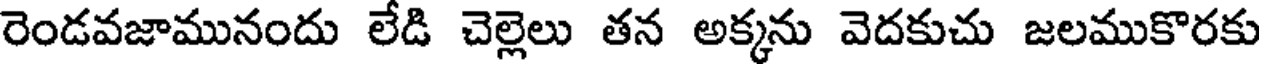
రెండవజామునందు లేడి చెల్లెలు తన అక్కను వెదకుచు జలముకొరకు